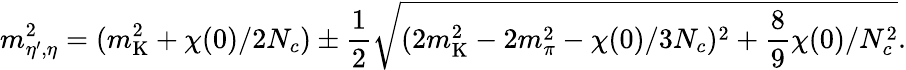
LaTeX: m_{\eta^{\prime},\eta}^{2}=(m_{\mathrm{K}}^{2}+\chi(0)/2N_{c})\pm{\frac{1}{2}}\sqrt{(2m_{\mathrm{K}}^{2}-2m_{\pi}^{2}-\chi(0)/3N_{c})^{2}+{\frac{8}{9}}\chi(0)/N_{c}^{2}}.